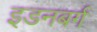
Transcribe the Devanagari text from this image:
इडनबर्ग